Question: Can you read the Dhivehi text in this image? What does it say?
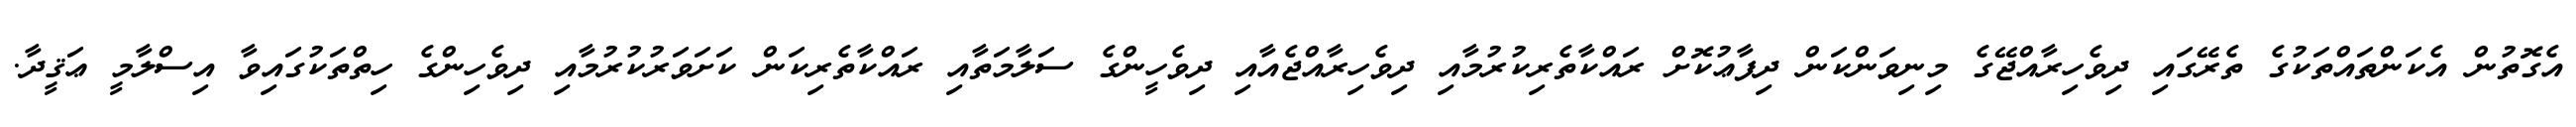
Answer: އެގޮތުން އެކަންތައްތަކުގެ ތެރޭގައި ދިވެހިރާއްޖޭގެ މިނިވަންކަން ދިފާޢުކޮށް ރައްކާތެރިކުރުމާއި ދިވެހިރާއްޖެއާއި ދިވެހީންގެ ސަލާމަތާއި ރައްކާތެރިކަން ކަށަވަރުކުރުމާއި ދިވެހިންގެ ހިތްތަކުގައިވާ އިސްލާމީ ޢަޤީދާ.